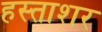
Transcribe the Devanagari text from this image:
हस्ताशर